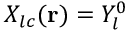
X _ { l c } ( \mathbf { r } ) = Y _ { l } ^ { 0 }